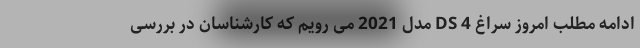
ادامه مطلب امروز سراغ DS 4 مدل 2021 می رویم که کارشناسان در بررسی